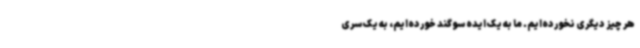
هر چیز دیگری نخورده‌ایم. ما به یک ایده سوگند خورده‌ایم، به یک سری